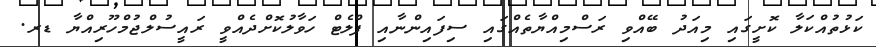
ކަޅުތުއްކަލާ ކޮށީގައި މިއަދު ބޭއްވި ރަސްމިއްޔާތެއްގައި ސިފައިންނާއި ފްލެޓް ހަވާލުކޮށްދެއްވީ ރައީސުލްޖުމްހޫރިއްޔާ ޑރ.